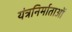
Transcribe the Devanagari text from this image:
यंत्रनिर्माताओं